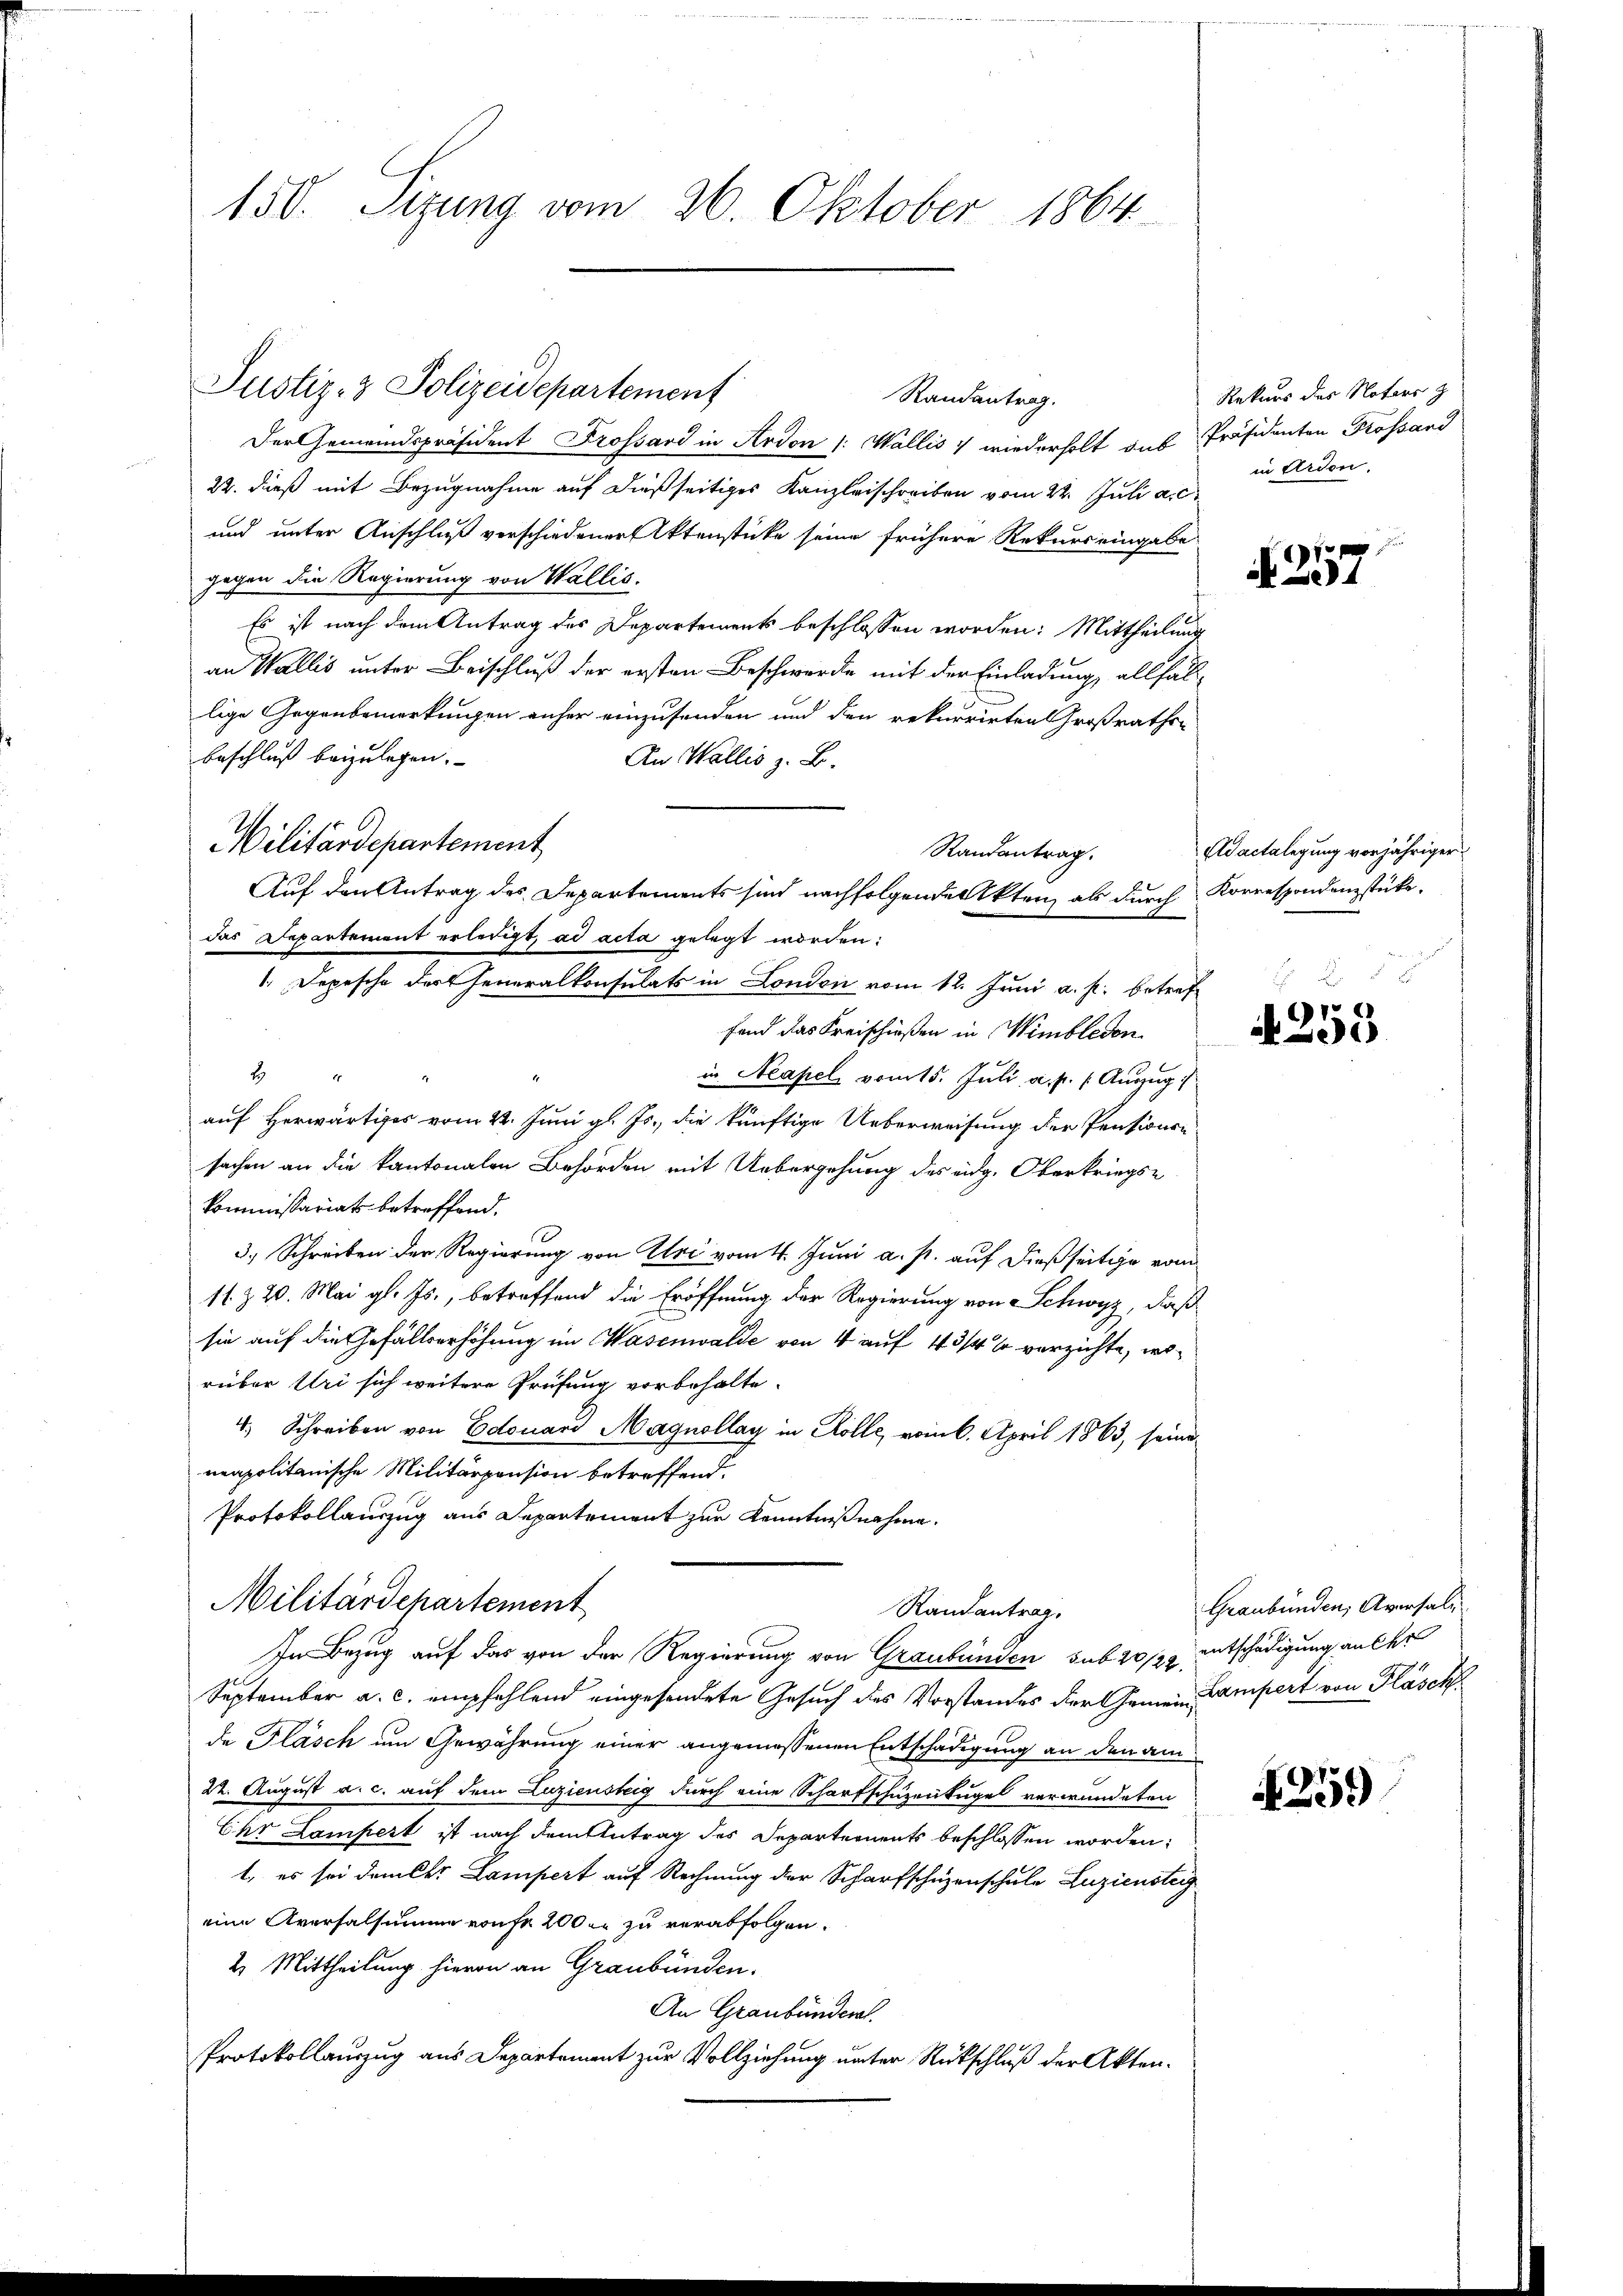
150. Sizung vom 26. Oktober 1864

Randantrag.
Der Gemeindspräsident Trossard in Ardon /: Wallis, wiederholt aus Präsidenten Prossari
22. dieß mit Bezugnahme auf dießseitiges Kanzleischreiben vom 22. Juli a. c.
und unter Anschluß verschiedener Aktenstücke seine frühere Rekurs eingabe
gegen die Regierung von Wallis.
Es ist nach dem Antrag des Departements beschlossen worden: Mittheilung
an Wallis unter Beischluß der ersten Beschwerde mit der Einladung, allfälllige Gegenbemerkungen anher einzusenden und den rekurrirten Großraths-
beschluß beizulegen.
An Wallis z. B.
Wilitärdepartement
das Departement erledigt, ad acta gelegt worden:
1. Depesche der Generalkonsulats in Londen vom 12. Juni a. p. betreffand das Kreischießen in Wimbledon
4
in Neapel vom 15. Juli a. p. 1. Augug :/
auf Herwärtiges vom 22. Juni gl. Js., die künftige Ueberweisung der Pensionssachen an die kantonalen Behörden mit Uebergehung des eidg. Oberkriegs¬
Kommissariat betreffend.
3.) Schreiben der Regierung von Uri vom 4. Juni a. p. auf dießseitige vom
11 & 20. Mai gl. Js., betreffend die Eröffnung der Regierung von Schwyz, daß
sie auf die Gefällerhöhung im Hasenwalde von 4 auf 4 3/4 % verzichte, worüber Uri sich weitere Prüfung vorbehalte.
4, Schreiben von Edouard Magnollay in Kolle, vom 6. April 1863, seine
neapolitanische Militärpension betreffend.
Protokollauszug aus Departement zur Kenntnißnahme.
Militärdepartement
Randantrag.
In Bezug auf das von der Regierung von Graubünden sub 20/22 entschädigung anler
September a. c. empfehlend eingesendete Gesuch des Vorstandes der Gemein Lampert von Fläsch
de Pläsch um Gewährung einer angemessenen Entschädigung an den am
22. August a. c. auf dem Luziensteig durch eine Scharfschuzenkugel verwundeten
Ehr Lampert ist nach dem Antrag des Departements beschlossen worden.
1., es sei dem kk. Lampert auf Rechnung der Scharfschüzenschule Luzienster
eine Aversalsumme von fr 2000 zu verabfolgen.
2. Mittheilung hievon an Graubünden.
An Graubünderat
Protokollauszug aus Departement zur Vollziehung unter Rückschluß der Akten¬

Justiz- & Polizeidepartement

Randantrag.
Auf den Antrag des Departements sind nachfolgende Akten als durch Korrespondenzstücke.

Rekurs des Notars z
in Ardon.

1
4

Adactelegung vorjähriger
 x

4253

Graubünden, Aversalz

4259